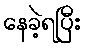
နေခဲ့ရပြီး